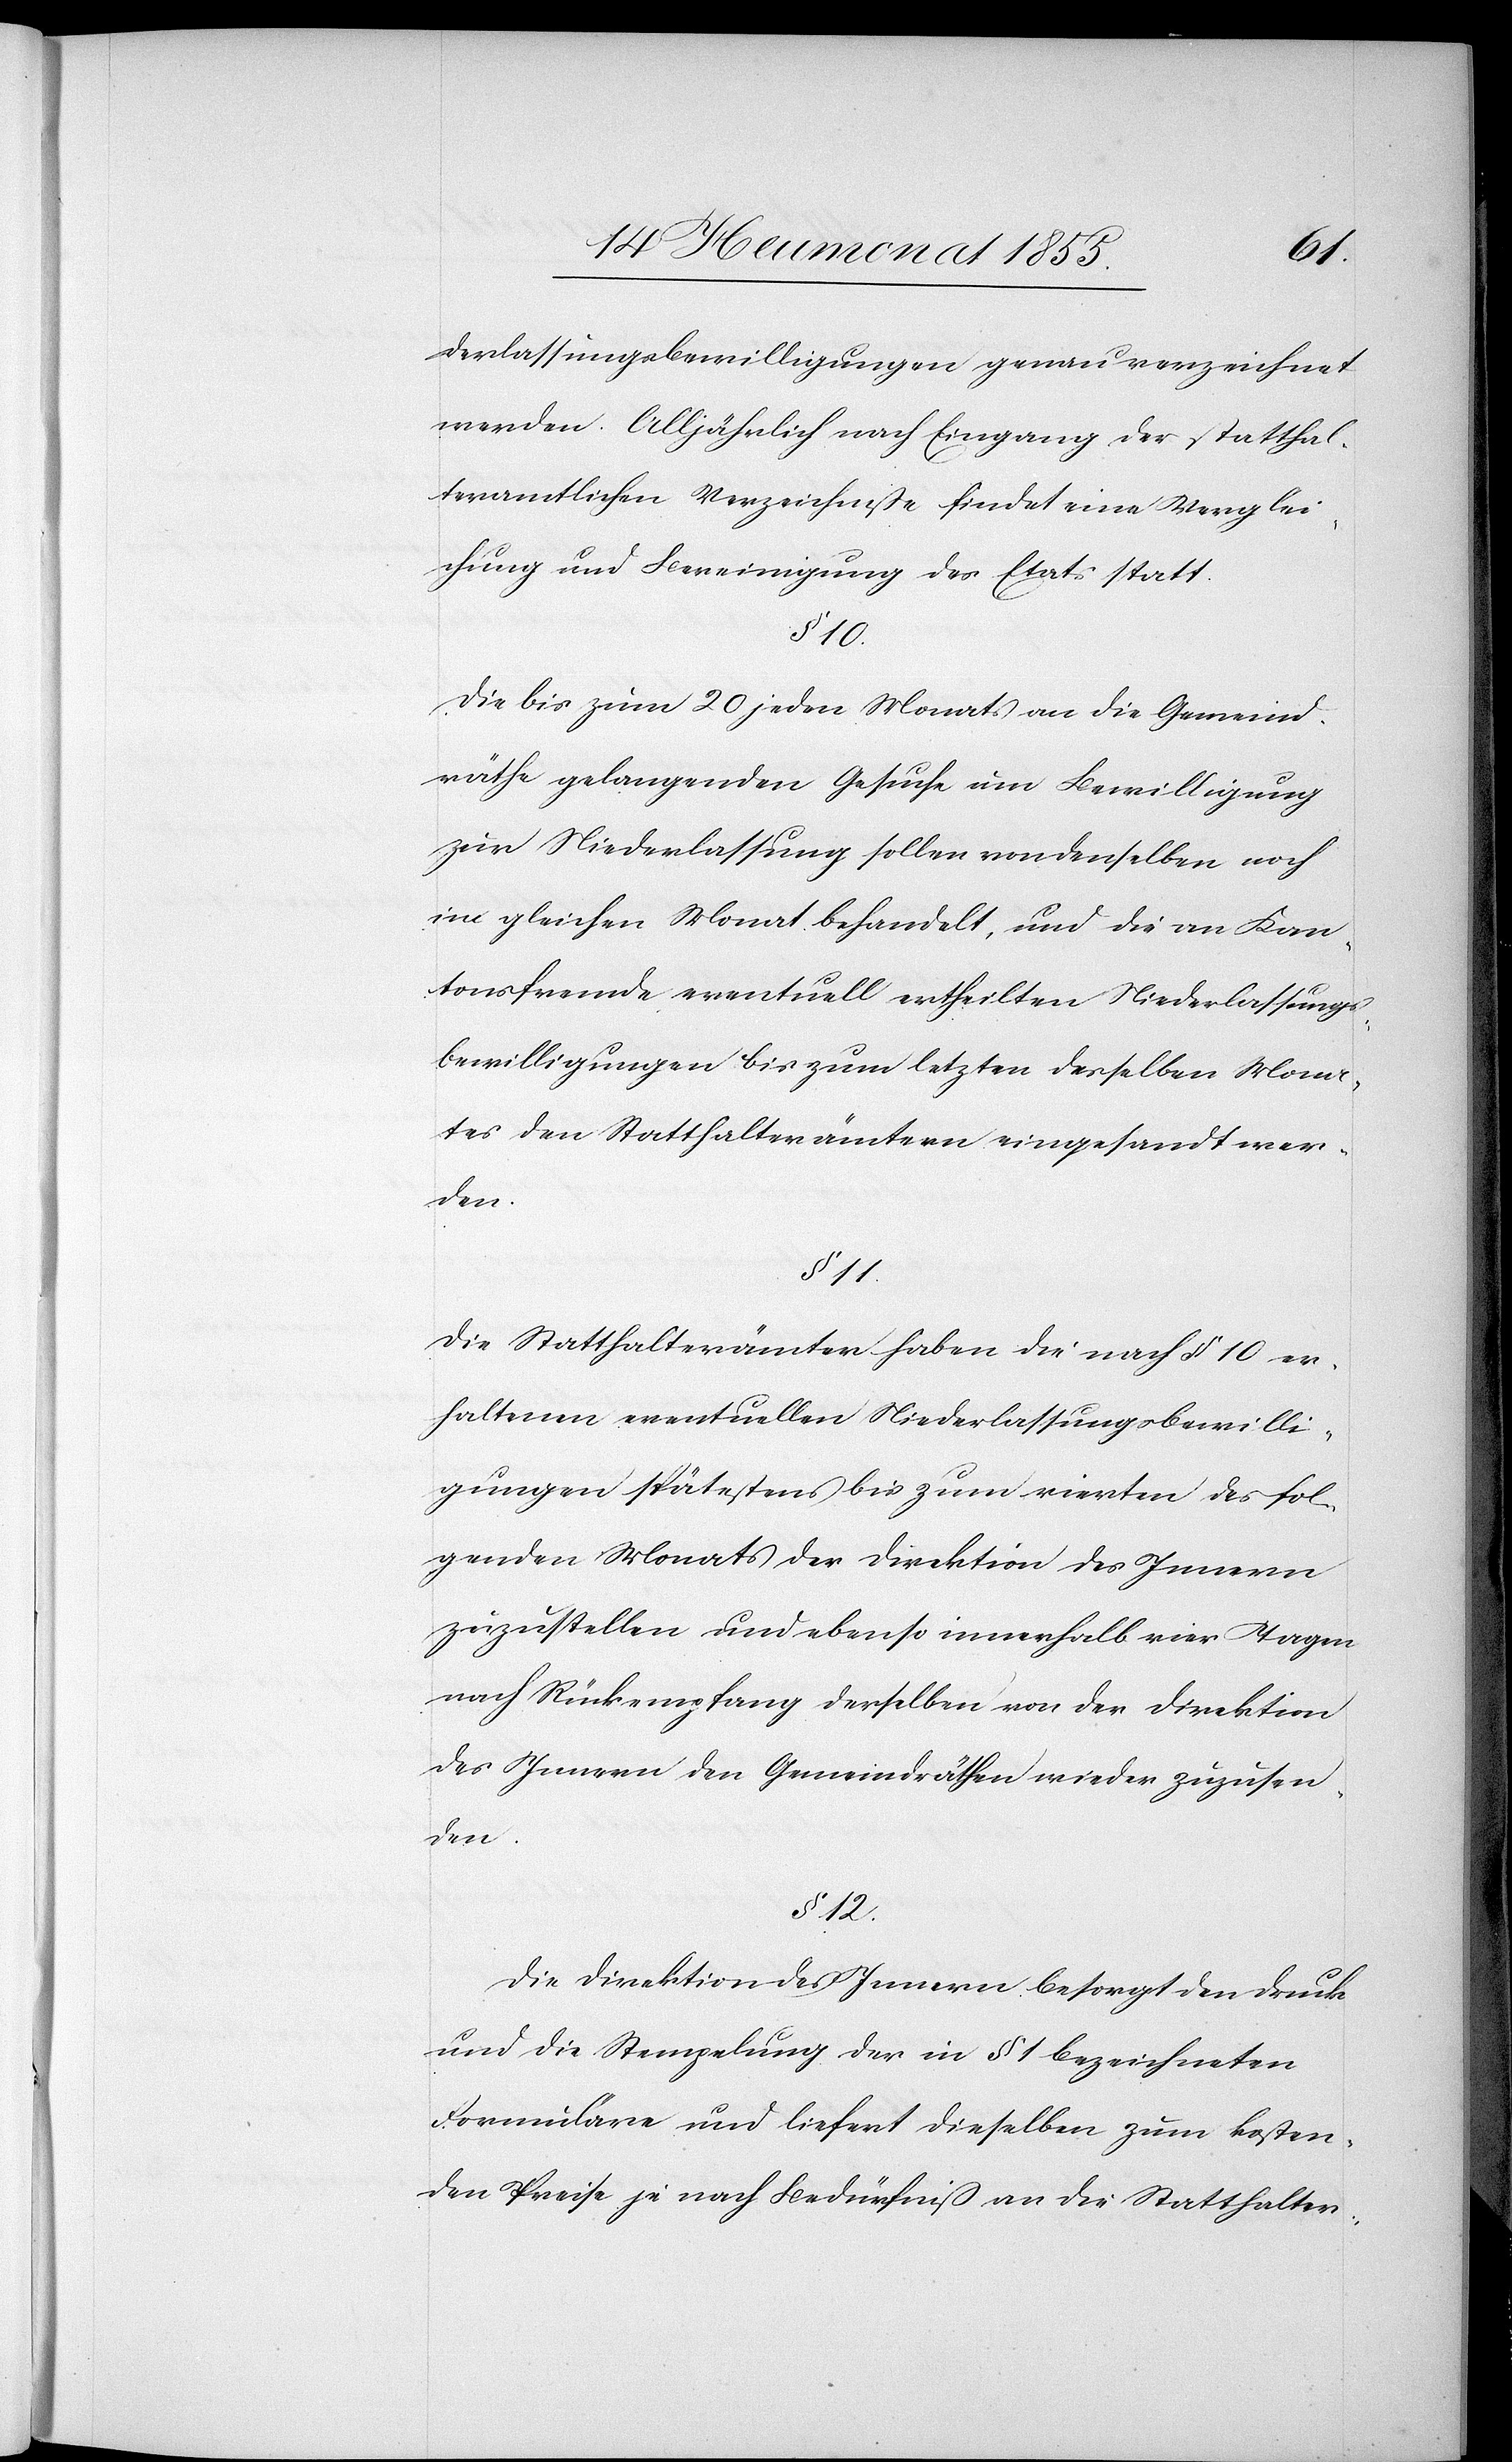
derlassungsbewilligungen genau verzeichnet
werden. Alljährlich nach Eingang der statthal¬
teramtlichen Verzeichniße findet eine Verglei¬
chung und Bereinigung des Etats statt.
§ 10.
Die bis zum 20 jeden Monats an die Gemeind¬
räthe gelangenden Gesuche um Bewilligung
zur Niederlassung sollen von denselben noch
im gleichen Monat behandelt, und die an Kan¬
tonsfremde eventuell ertheilten Niederlassungs¬
bewilligungen bis zum letzten desselben Mona¬
tes den Statthalterämtern eingesandt wer¬
den.
§ 11.
Die Statthalterämter haben die nach § 10 er¬
haltenen eventuellen Niederlassungsbewilli¬
gungen spätestens bis zum vierten des fol¬
genden Monats der Direktion des Innern
zuzustellen und ebenso innerhalb vier Tagen
nach Rückempfang derselben von der Direktion
des Innern den Gemeindräthen wieder zuzusen¬
den.
§ 12.
Die Direktion des Innern besorgt den Druck
und die Stempelung der in § 1 bezeichneten
Formulare und liefert dieselben zum kosten¬
den Preise je nach Bedürfniß an die Statthalter-